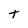
Character: t